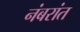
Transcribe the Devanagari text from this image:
नंबरांत